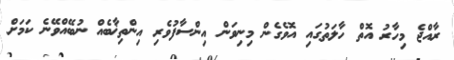
ރާއްޖެ މިހާރު އޮތް ހާލަތުގައި އޮވެގެން މިނިވަން އިންސާފުވެރި އިންތިޚާބެއް ނުބޭއްވޭނެ ކަމަށް